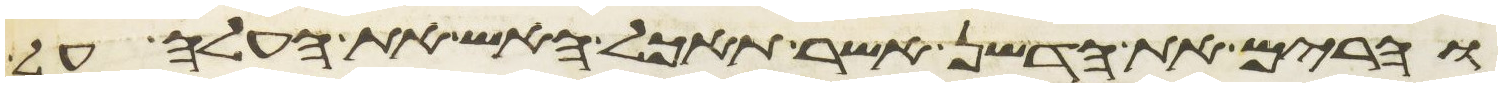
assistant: והרים את הדשן אשר תאכל האש את העלה על